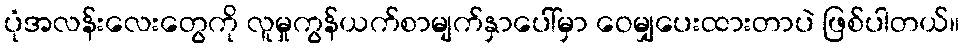
ပုံအလန်းလေးတွေကို လူမှုကွန်ယက်စာမျက်နှာပေါ်မှာ ဝေမျှပေးထားတာပဲ ဖြစ်ပါတယ်။